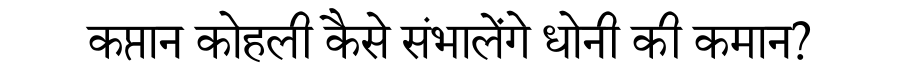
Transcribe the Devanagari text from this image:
कप्तान कोहली कैसे संभालेंगे धोनी की कमान?